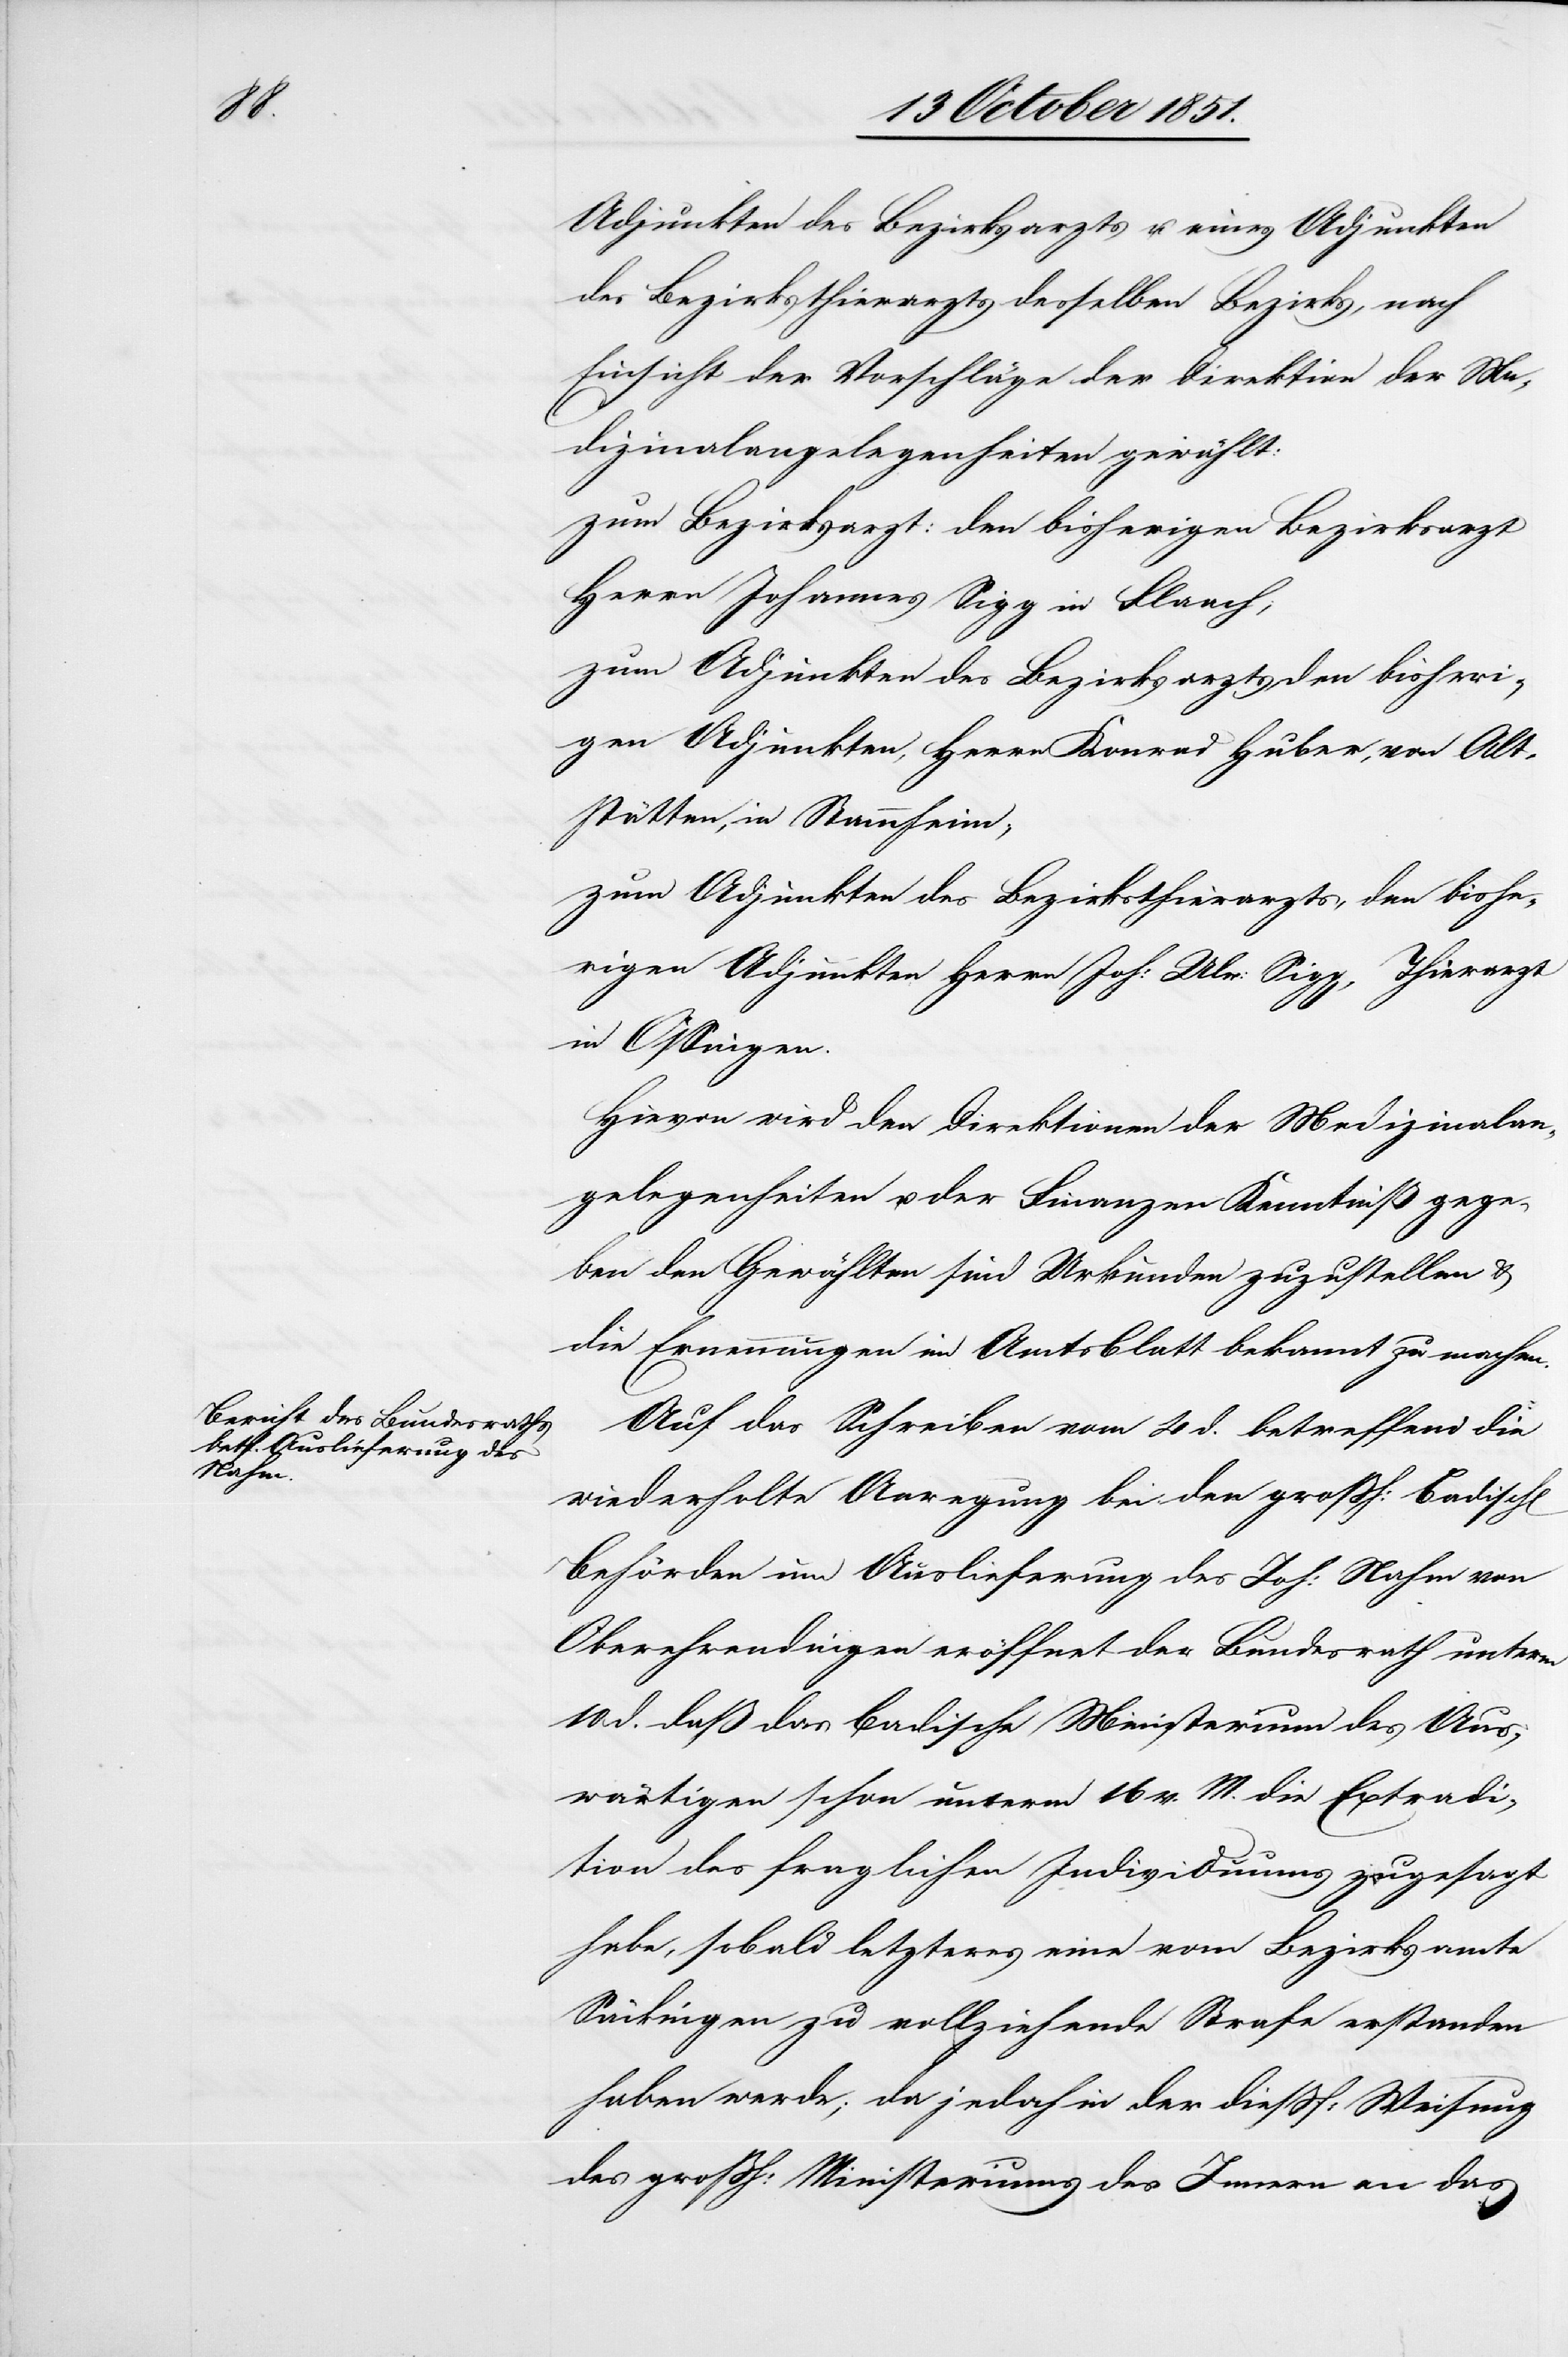
Adjunkten des Bezirksarzts u. eines Adjunkten
des Bezirksthierarzts desselben Bezirks, nach
Einsicht der Vorschläge der Direktion der Me¬
dizinalangelegenheiten gewählt:
zum Bezirksarzt: den bisherigen Bezirksarzt
Herrn Johannes Sigg in Flaach;
zum Adjunkten des Bezirksarzts den bisheri¬
gen Adjunkten, Herrn Konrad Huber, von Alt¬
stätten, in Stammheim;
zum Adjunkten des Bezirksthierarzts, den bishe¬
rigen Adjunkten Herrn Joh: Ulr: Sigg, Thierarzt
in Ossingen.
Hievon wird den Direktionen der Medizinalan¬
gelegenheiten u. der Finanzen Kenntniß gege¬
ben[,] den Gewählten sind Urkunden zuzustellen &
die Ernennungen im Amtsblatt bekannt zu machen.
Auf das Schreiben vom 4 d. betreffend die
wiederholte Anregung bei den großh: Badisch[en]
Behörden um Auslieferung des Joh: Nahm von
Oberehrendingen eröffnet der Bundesrath unterm
10 d. daß das Badische Ministerium des Aus¬
wärtigen schon unterm 16 v. M. die Extradi¬
tion des fraglichen Individuums zugesagt
habe, sobald letzteres eine vom Bezirksamte
Säckingen zu vollziehende Strafe erstanden
haben werde; da jedoch in der dießf: Weisung
des großh: Ministeriums des Innern an das